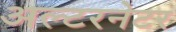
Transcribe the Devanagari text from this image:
अल्‍टरनेटर